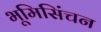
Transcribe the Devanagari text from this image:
भूमिसिंचन